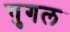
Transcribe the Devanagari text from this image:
चुगल